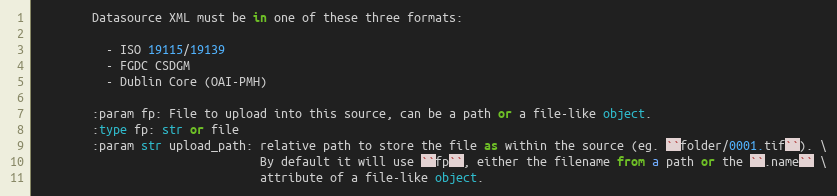
Language: Python
        Datasource XML must be in one of these three formats:

          - ISO 19115/19139
          - FGDC CSDGM
          - Dublin Core (OAI-PMH)

        :param fp: File to upload into this source, can be a path or a file-like object.
        :type fp: str or file
        :param str upload_path: relative path to store the file as within the source (eg. ``folder/0001.tif``). \
                                By default it will use ``fp``, either the filename from a path or the ``.name`` \
                                attribute of a file-like object.